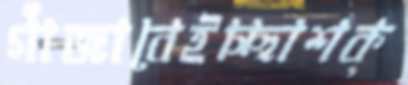
গাঁজাবেইচ্ছাশক্